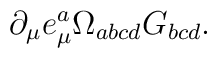
\partial _\mu e^a_\mu \Omega_{abcd} G_{bcd} .